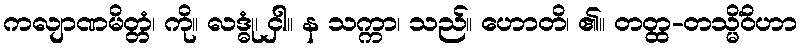
ကလျာဏမိတ္တံ၊ ကို။ လဒ္ဓုံ၊ ငှါ။ န သက္ကာ၊ သည်။ ဟောတိ၊ ၏။ တတ္ထ-တသ္မိံဝိဟာ